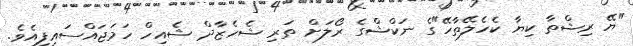
"ޔޭ ރިޝްތާ ކިޔާ ކެހެލޭތާހޭ"ގެ ނަކްޝްގެ ރޯލަށް ތަރި ޝެހެޒާދް ޝެއިހް ހަމަޖައްސައިފިއެވެ.